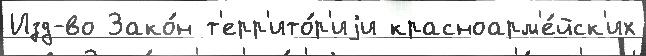
Изд-во Зако́н т'ерр'ито́р'иjи красноарм'е́йск'их